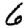
Digit: 6